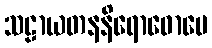
သဠာယတနနိရောဓောပေ